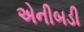
એનીબડી